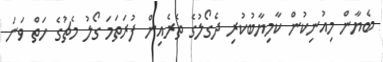
ބެޔާން މިއުނިކުން ކާމިޔާބުކުރި ދެގޯލުގެ ތެރެއިން ފުރަތަމަ ގޯލު މެޗުގެ ހަތް ވަނަ